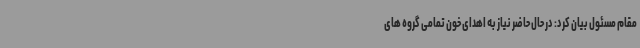
مقام مسئول بیان کرد: در حال حاضر نیاز به اهدای خون تمامی گروه های